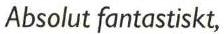
Absolut fantastiskt,